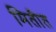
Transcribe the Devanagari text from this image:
मितीत